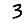
Digit: 3